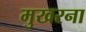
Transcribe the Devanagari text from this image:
मुखरना